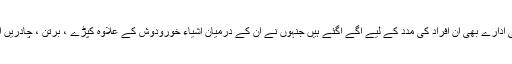
حکومتی اداروں کے ساتھ ساتھ غیر حکومتی ادارے بھی ان افراد کی مدد کے لیے آگے آگئے ہیں جنہوں نے ان کے درمیان اشیاء خورودوش کے علاوہ کپڑے ، برتن ، چادریں اور دیگر ضرورت کی اشیاء بھی تقسیم کیں۔